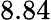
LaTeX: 8.84